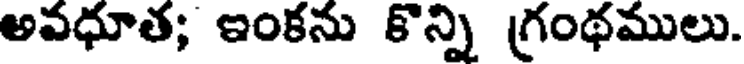
అవధూత; ఇంకను కొన్ని గ్రంథములు.